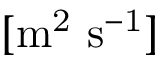
[ \mathrm { m ^ { 2 } ~ s ^ { - 1 } } ]